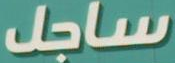
ساجل